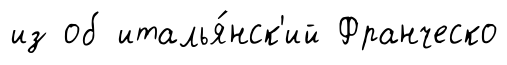
из об италья́нск'ий Франческо